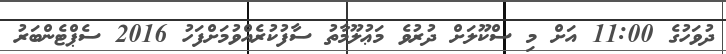
ދުވަހުގެ 11:00 އަށް މި ސްކޫލަށް ދުރުވެ މަޢުލޫމާތު ސާފުކުރެއްވުމަށްފަހު 2016 ސެޕްޓެންބަރު